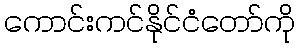
ကောင်းကင်နိုင်ငံတော်ကို